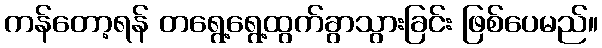
ကန်တော့ရန် တရွေ့ရွေ့ထွက်ခွာသွားခြင်း ဖြစ်ပေမည်။